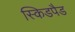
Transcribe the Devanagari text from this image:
स्किडपैड